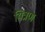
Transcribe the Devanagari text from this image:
यित्रण